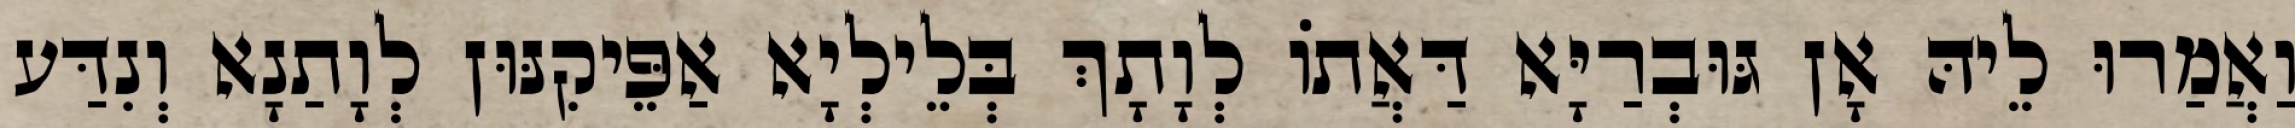
וַאֲמַרוּ לֵיהּ אָן גּוּבְרַיָּא דַּאֲתוֹ לְוָתָךְ בְּלֵילְיָא אַפֵּיקִנּוּן לְוָתַנָא וְנִדַּע